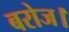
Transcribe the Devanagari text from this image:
बरोज।